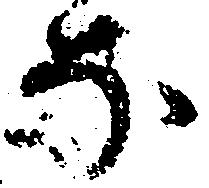
な